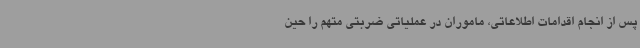
پس از انجام اقدامات اطلاعاتی، ماموران در عملیاتی ضربتی متهم را حین